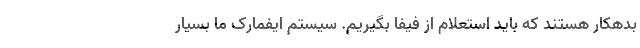
بدهکار هستند که باید استعلام از فیفا بگیریم. سیستم ایفمارک ما بسیار